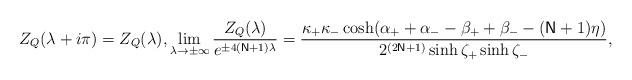
LaTeX: \begin{align*}Z_{Q}(\lambda +i\pi )=Z_{Q}(\lambda ),\lim_{\lambda \rightarrow\pm \infty }\frac{Z_{Q}(\lambda )}{e^{\pm 4(\mathsf{N}+1)\lambda }}=\frac{\kappa _{+}\kappa _{-}\cosh (\alpha _{+}+\alpha _{-}-\beta _{+}+\beta _{-}-(\mathsf{N}+1)\eta )}{2^{(2\mathsf{N}+1)}\sinh \zeta _{+}\sinh \zeta _{-}},\end{align*}